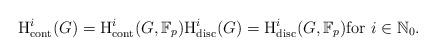
LaTeX: \begin{align*}\mathrm{H}^i_\mathrm{cont}(G) =\mathrm{H}^i_\mathrm{cont}(G,\mathbb{F}_p) \mathrm{H}^i_\mathrm{disc}(G) =\mathrm{H}^i_\mathrm{disc}(G,\mathbb{F}_p) \text{for $i \in \mathbb{N}_0$}.\end{align*}